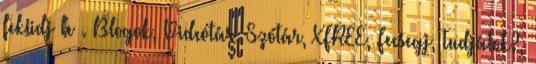
feküdj le . Blogok, Videótár, Szótár, XFREE, Fecsegj, Tudjátok?,